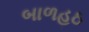
બાળહઠ